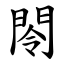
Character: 閝